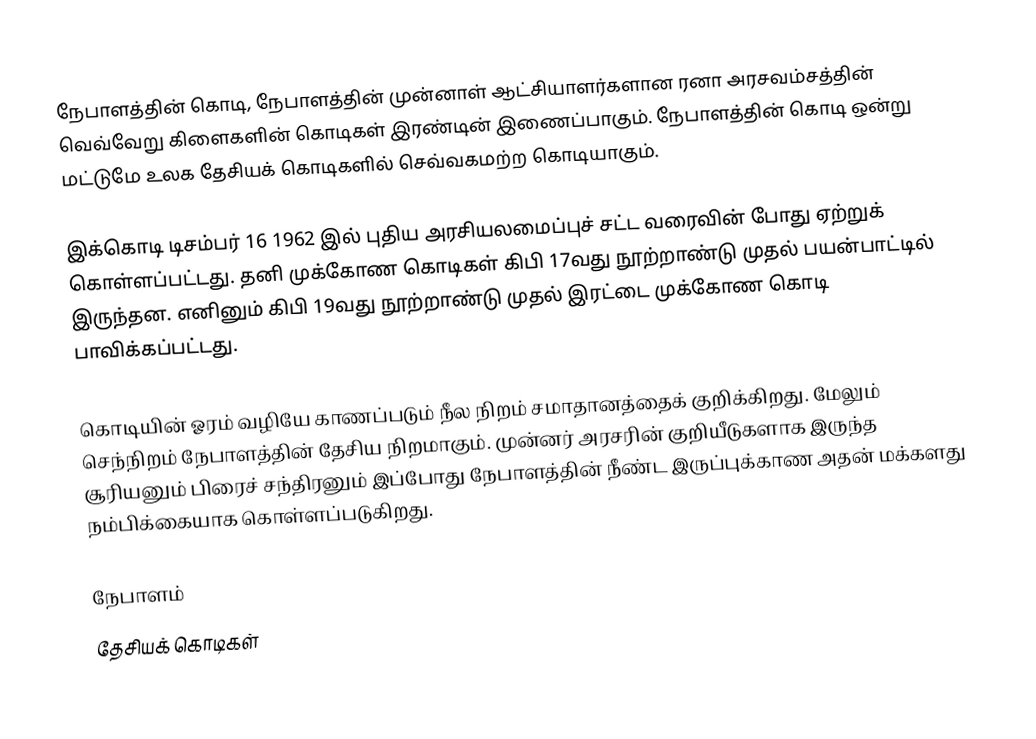
நேபாளத்தின் கொடி, நேபாளத்தின் முன்னாள் ஆட்சியாளர்களான ரனா அரசவம்சத்தின் வெவ்வேறு கிளைகளின் கொடிகள் இரண்டின் இணைப்பாகும். நேபாளத்தின் கொடி ஒன்று மட்டுமே உலக தேசியக் கொடிகளில் செவ்வகமற்ற கொடியாகும்.

இக்கொடி டிசம்பர் 16 1962 இல் புதிய அரசியலமைப்புச் சட்ட வரைவின் போது ஏற்றுக் கொள்ளப்பட்டது. தனி முக்கோண கொடிகள் கிபி 17வது நூற்றாண்டு முதல் பயன்பாட்டில் இருந்தன. எனினும் கிபி 19வது நூற்றாண்டு முதல் இரட்டை முக்கோண கொடி பாவிக்கப்பட்டது.

கொடியின் ஓரம் வழியே காணப்படும் நீல நிறம் சமாதானத்தைக் குறிக்கிறது. மேலும் செந்நிறம் நேபாளத்தின் தேசிய நிறமாகும். முன்னர் அரசரின் குறியீடுகளாக இருந்த சூரியனும் பிரைச் சந்திரனும் இப்போது நேபாளத்தின் நீண்ட இருப்புக்காண அதன் மக்களது நம்பிக்கையாக கொள்ளப்படுகிறது.

நேபாளம்
தேசியக் கொடிகள்